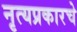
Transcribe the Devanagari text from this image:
नृत्यप्रकारचे